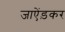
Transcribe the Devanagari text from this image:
जाऐंड़कर